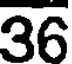
36